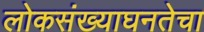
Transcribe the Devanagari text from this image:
लोकसंख्याघनतेचा